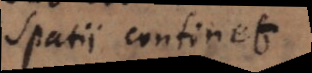
spatii continet.